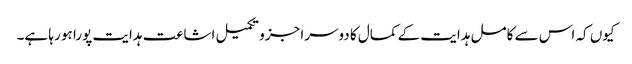
کیوں کہ اس سے کامل ہدایت کے کمال کا دوسرا جزو تکمیل اشاعت ہدایت پورا ہو رہا ہے۔